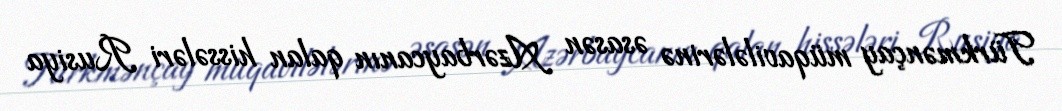
Türkmənçay müqavilələrinə əsasən Azərbaycanın qalan hissələri Rusiya